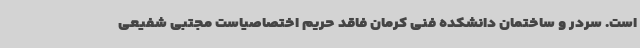
است. سردر و ساختمان دانشکده فنی کرمان فاقد حریم اختصاصیاست مجتبی شفیعی